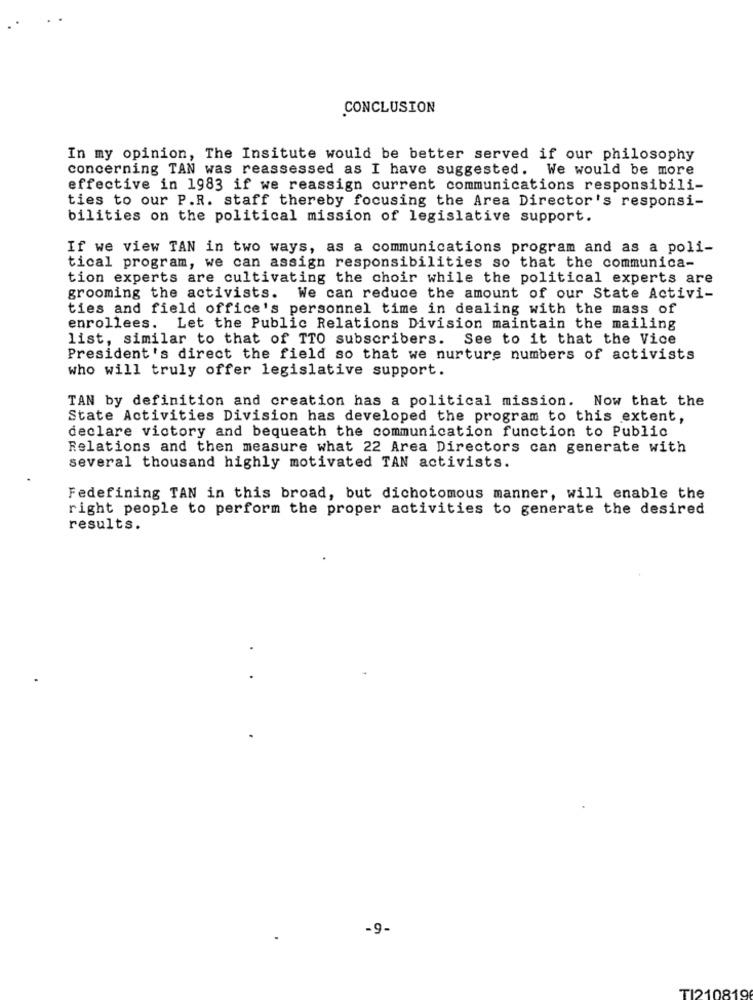
CONCLUSION
In my opinion, The Insitute would be better served if our philosophy
concerning TAN was reassessed as I have suggested. We would be more
effective in 1983 if we reassign current communications responsibili-
ties to our P.R. staff thereby focusing the Area Director's responsi-
bilities on the political mission of legislative support.
If we view TAN in two ways, as a communications program and as a poli-
tical program, we can assign responsibilities so that the communica-
tion experts are cultivating the choir while the political experts are
grooming the activists. We can reduce the amount of our State Activi-
ties and field office's personnel time in dealing with the mass of
enrollees. Let the Public Relations Division maintain the mailing
list, similar to that of TTO subscribers. See to it that the Vice
President's direct the field so that we nurture numbers of activists
who will truly offer legislative support.
TAN by definition and creation has a political mission. Now that the
State Activities Division has developed the program to this extent,
declare victory and bequeath the communication function to Public
Relations and then measure what 22 Area Directors can generate with
several thousand highly motivated TAN activists.
Fedefining TAN in this broad, but dichotomous manner, will enable the
right people to perform the proper activities to generate the desired
results.
-9-
TI210819